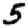
Digit: 5